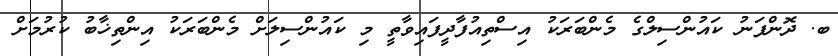
ބ. ދޮންފަނު ކައުންސިލްގެ މެންބަރަކު އިސްތިއުފާދީފައިވާތީ މި ކައުންސިލަށް މެންބަރަކު އިންތިޚާބު ކުރުމަށް